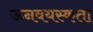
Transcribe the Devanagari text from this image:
ऊनवयस्कता